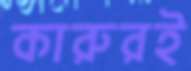
কারুরই